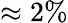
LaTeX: \approx 2\%